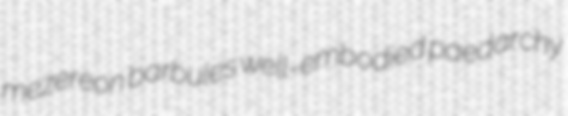
mezereon barbules well-embodied paedarchy